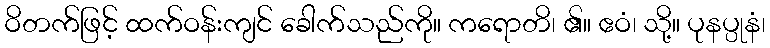
ဝိတက်ဖြင့် ထက်ဝန်းကျင် ခေါက်သည်ကို။ ကရောတိ၊ ၏။ ဧဝံ၊ သို့။ ပုနပ္ပုနံ၊